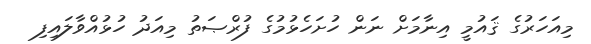
މިއަހަރުގެ ޤައުމީ އިނާމަށް ނަން ހުށަހެޅުމުގެ ފުރްޞަތު މިއަދު ހުޅުއްވާލައިފި